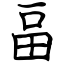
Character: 畐